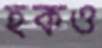
হকও